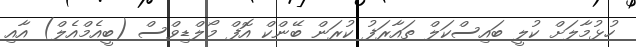
ހުޅުމާލަށް ކުލީ ބައިސްކަލް ތައާރަފު ކުރަން ބޭންކް އޮފް މޯލްޑިވްސް (ބީއެމްއެލް) އާއި